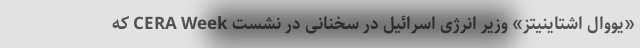
«یووال اشتاینیتز» وزیر انرژی اسرائیل در سخنانی در نشست CERA Week که